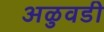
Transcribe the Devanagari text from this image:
अळुवडी